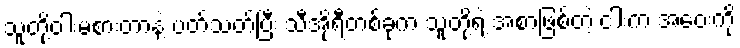
သူတို့ဝါးမစားတာနဲ့ ပတ်သတ်ပြီး သီအိုရီတစ်ခုက သူတို့ရဲ့ အစာဖြစ်တဲ့ ငါးက အဝေးကို